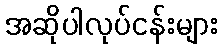
အဆိုပါလုပ်ငန်းများ